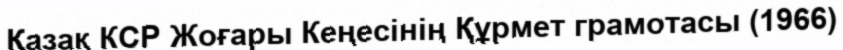
Қазақ КСР Жоғары Кеңесінің Құрмет грамотасы (1966)